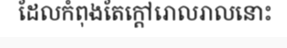
ដែលកំពុងតែក្តៅរោលរាលនោះ